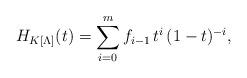
LaTeX: \begin{align*} H_{K[\Lambda]} (t) = \sum_{i=0}^{m} f_{i-1} \, t^i \, (1-t)^{-i}, \end{align*}